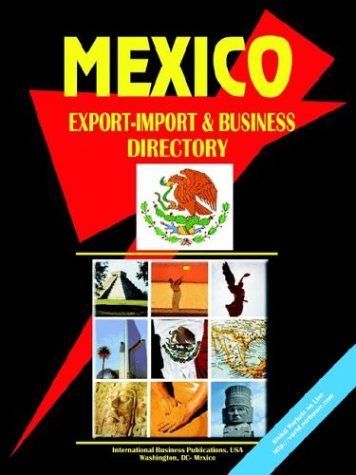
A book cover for Mexico Export-Import and Business Directory Volume 1 Strategic Information and Contacts; Ibp Inc; Business & Money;